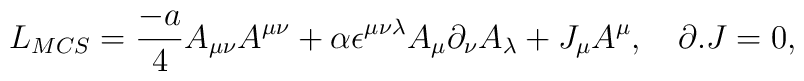
L_{MCS}={{-a}\over 4}A_{\mu\nu}A^{\mu\nu}+\alpha\epsilon^{\mu\nu\lambda}A_\mu\partial_\nu A_\lambda +J_\mu A^\mu,~~~\partial.J=0,